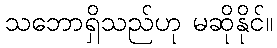
သဘောရှိသည်ဟု မဆိုနိုင်။